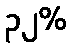
၃၂%